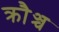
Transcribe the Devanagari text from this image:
क्रौञ्च